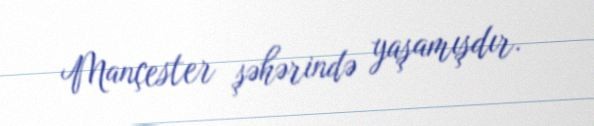
Mançester şəhərində yaşamışdır.